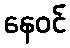
နေဝင်